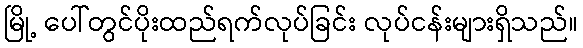
မြို့ ပေါ်တွင်ပိုးထည်ရက်လုပ်ခြင်း လုပ်ငန်းများရှိသည်။